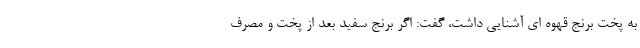
به پخت برنج قهوه ای آشنایی داشت، گفت: اگر برنج سفید بعد از پخت و مصرف